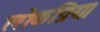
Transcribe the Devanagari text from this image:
लोकप्रिय।